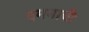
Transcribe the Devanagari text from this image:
दमनाची